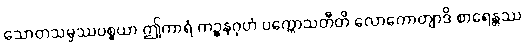
သောတသမ္ဖဿပစ္စယာ ဤကာရံ ကဉ္စနဂုဟံ ပက္ကောသတီတိ လောကောတျာဒိ စာရေန္တဿ